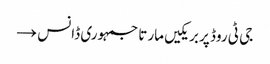
جی ٹی روڈ پر بریکیں مارتا جمہوری ڈانس →